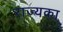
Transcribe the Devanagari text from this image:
राज्यका